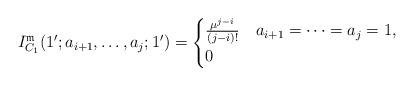
LaTeX: \begin{align*}I_{C_{1}}^{\mathfrak{m}}(1';a_{i+1},\dots,a_{j};1')=\begin{cases}\frac{\mu^{j-i}}{(j-i)!} & a_{i+1}=\cdots=a_{j}=1,\\0 & \end{cases}\end{align*}